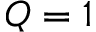
Q = 1